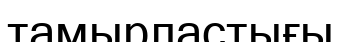
тамырластығы